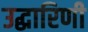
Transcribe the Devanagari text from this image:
उद्धारिणी